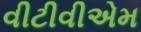
વીટીવીએમ